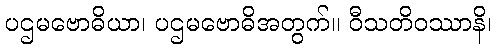
ပဌမဗောဓိယာ၊ ပဌမဗောဓိအတွက်။ ဝီသတိဝဿာနိ၊